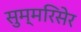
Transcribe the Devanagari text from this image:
सुम्मरिसेर